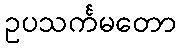
ဥပသင်္ကမတော